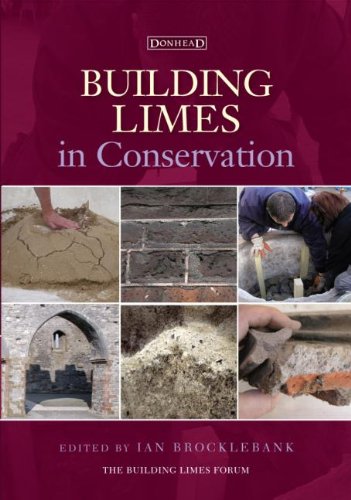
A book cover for Building Limes in Conservation; Arts & Photography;